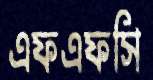
এফএফসি